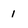
Character: 1